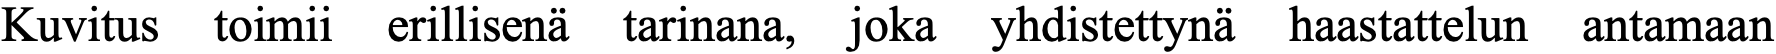
Kuvitus toimii erillisenä tarinana, joka yhdistettynä haastattelun antamaan